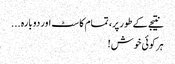
نتیجے کے طور پر، تمام کاسٹ اور دوبارہ ...
ہر کوئی خوش!